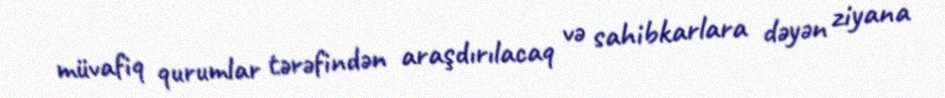
müvafiq qurumlar tərəfindən araşdırılacaq və sahibkarlara dəyən ziyana